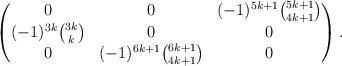
LaTeX: \begin{align*}\begin{pmatrix}0 & 0 & (-1)^{5k + 1} \binom{5k + 1}{4k + 1} \\(-1)^{3k} \binom{3k}{k} & 0 & 0 \\0 & (-1)^{6k + 1} \binom{6k+1}{4k + 1} & 0\end{pmatrix}.\end{align*}